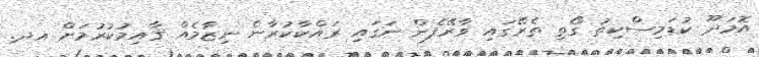
އޮމަދޫ ކުޑަމިސްކިތު ގޯތި ތެރޭގައި ވާރޭފެން ނަގައި ރައްކާކުރާނެ ނިޒާމެއް ޤާއިމުކުރުމަށް އދ.